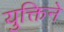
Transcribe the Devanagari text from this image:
युक्तिने